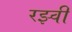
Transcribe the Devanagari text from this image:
रझ्वी